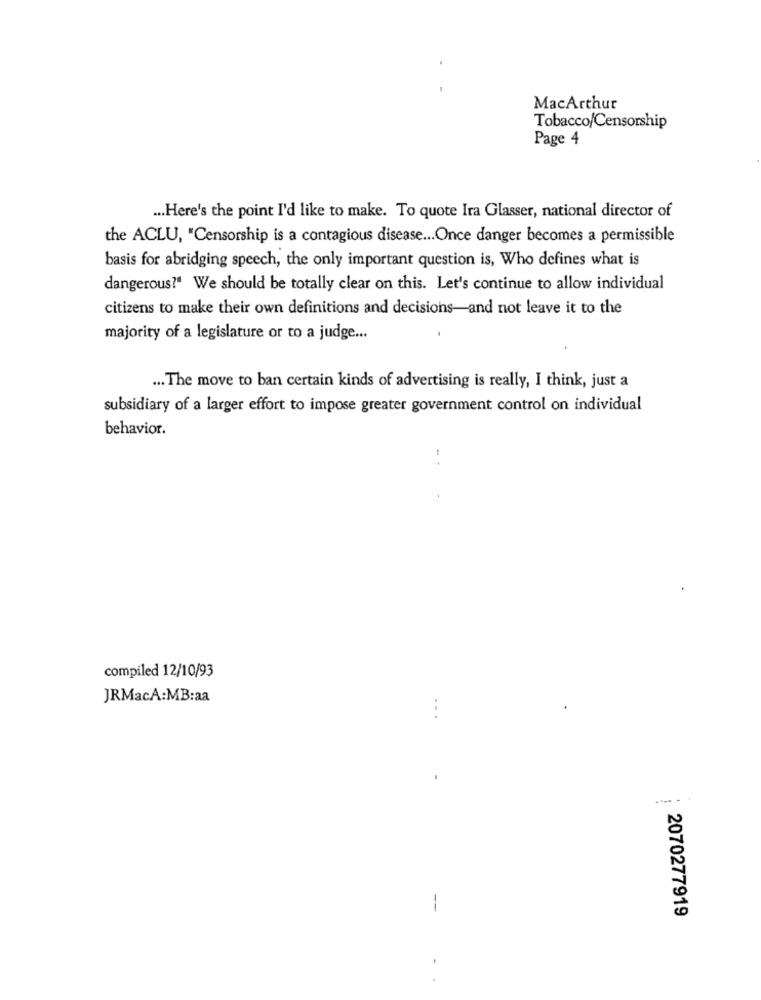
MacArthur
Tobacco/Censorship
Page 4
... Here's the point I'd like to make. To quote Ira Glasser, national director of
the ACLU, "Censorship is a contagious disease ... Once danger becomes a permissible
basis for abridging speech, the only important question is, Who defines what is
dangerous?“ We should be totally clear on this. Let's continue to allow individual
citizens to make their own definitions and decisions-and not leave it to the
majority of a legislature or to a judge ...
... The move to ban certain kinds of advertising is really, I think, just a
subsidiary of a larger effort to impose greater government control on individual
behavior.
compiled 12/10/93
JRMacA:MB:aa
--
2070277919